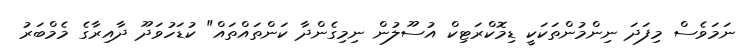
ނަމަވެސް މިފަދަ ނިންމުންތަކަކީ ޑިމޮކްރަޓިކް އުސޫލުން ނިމިގެންދާ ކަންތައްތައް" ކުޑަހުވަދޫ ދާއިރާގެ މެމްބަރު